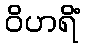
ဝိဟရိံ